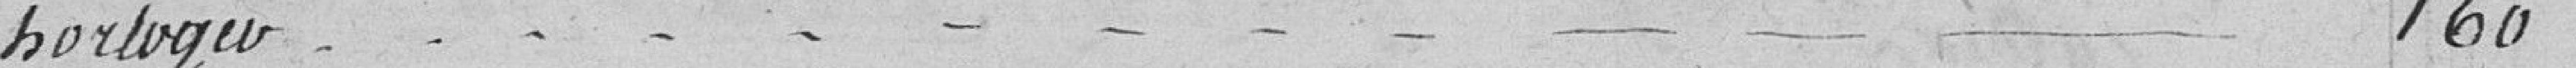
horloger 160